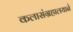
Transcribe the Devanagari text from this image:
कलासंग्रहालयाने